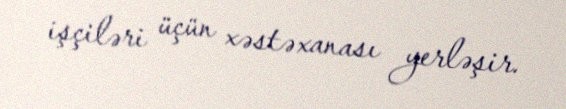
işçiləri üçün xəstəxanası yerləşir.